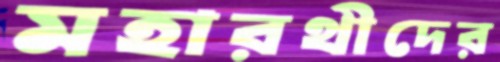
মহারথীদের